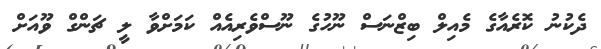
ދެކުނު ކޮރެއާގެ މެއިލް ބިޒްނަސް ނޫހުގެ ނޫސްވެރިއެއް ކަމަށްވާ ލީ ޗަންގް ވޫއަށް